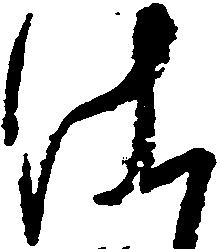
仕